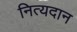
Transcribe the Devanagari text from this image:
नित्यदान